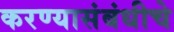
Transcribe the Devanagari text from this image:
करण्यासंबंधीचे